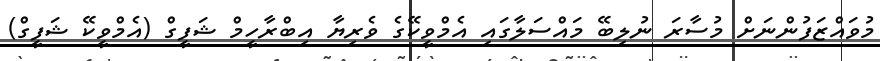
މުވައްޒަފުންނަށް މުސާރަ ނުލިބޭ މައްސަލާގައި އެމްވީކޭގެ ވެރިޔާ އިބްރާހީމް ޝަފީގް (އެމްވީކޭ ޝަފީގް)